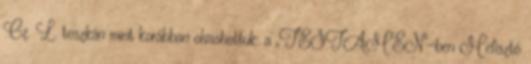
Cz. L. toszkán mint korábban olvashattuk: a „TESTAMEN”-ben Me­fisz­tó